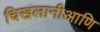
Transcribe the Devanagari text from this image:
चिखलानीआणि